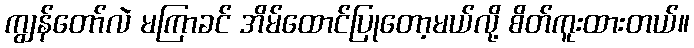
ကျွန်တော်လဲ မကြာခင် အိမ်ထောင်ပြုတော့မယ်လို့ စိတ်ကူးထားတယ်။